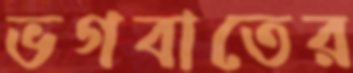
ভগবাতের